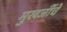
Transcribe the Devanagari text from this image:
मुखर्जीचे